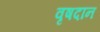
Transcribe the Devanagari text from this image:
वृषदान